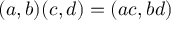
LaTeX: ( a , b ) ( c , d ) = ( a c , b d )